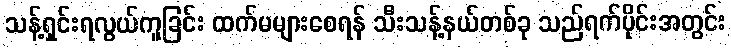
သန့်ရှင်းရလွယ်ကူခြင်း ထက်မများစေရန် သီးသန့်နယ်တစ်ခု သည်ရက်ပိုင်းအတွင်း